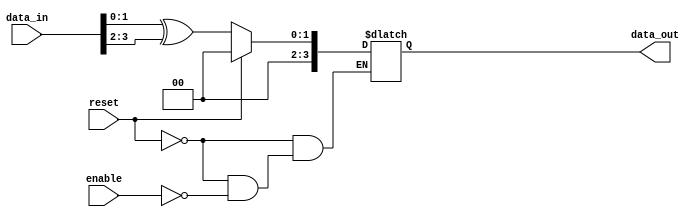
module adjacency_groups #(
    parameter N = 4,              // Number of input signals
    parameter OPERATION = 2       // 0: AND, 1: OR, 2: XOR
)(
    input  wire [N-1:0] data_in,  // Input signals
    input  wire enable,            // Control signal to enable processing
    input  wire reset,             // Control signal to reset outputs
    output reg  [N-1:0] data_out   // Output signals
);

    // Internal wires for adjacency groups
    wire [N-1:0] group_a, group_b;
    
    // Example of grouping logic: Define groups based on adjacency
    // For a simple case, we take pairs of adjacent inputs
    assign group_a = {data_in[1], data_in[0]}; // Grouping first two inputs
    assign group_b = {data_in[3], data_in[2]}; // Grouping last two inputs

    // Combinational processing logic
    always @(*) begin
        if (reset) begin
            data_out = 0; // Reset the output
        end else if (enable) begin
            case (OPERATION)
                2'b00: data_out = group_a & group_b; // AND operation
                2'b01: data_out = group_a | group_b; // OR operation
                2'b10: data_out = group_a ^ group_b; // XOR operation
                default: data_out = 0; // Default case
            endcase
        end else begin
            data_out = data_out; // Remain unchanged if not enabled
        end
    end
    
endmodule